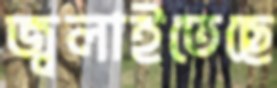
জ্বলাইতেছে